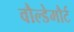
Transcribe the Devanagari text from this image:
वौल्डेमौर्ट